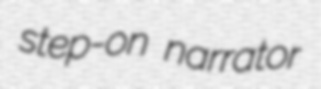
step-on narrator